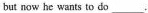
but now he wants to do___.